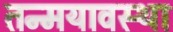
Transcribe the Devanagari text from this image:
तन्मयावस्था